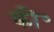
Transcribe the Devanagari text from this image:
की॰